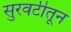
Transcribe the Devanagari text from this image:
सुरवटीतून